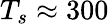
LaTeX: T_{s}\approx 300